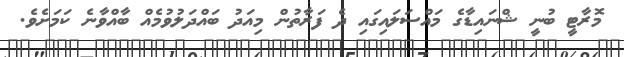
މޮރާޓީ ބުނީ ޝްނައިޑާގެ މައްސަލައިގައި ދެ ފަރާތުން މިއަދު ބައްދަލުވުމެއް ބާއްވާނެ ކަމަށެވެ.